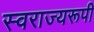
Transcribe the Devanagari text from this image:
स्वराज्यरूपी